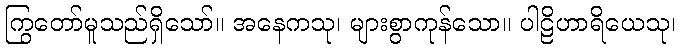
ကြွတော်မူသည်ရှိသော်။ အနေကသု၊ များစွာကုန်သော။ ပါဠိဟာရိယေသု၊